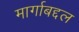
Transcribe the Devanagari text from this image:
मार्गाबद्दल